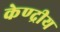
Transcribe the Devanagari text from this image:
केण्द्रीय